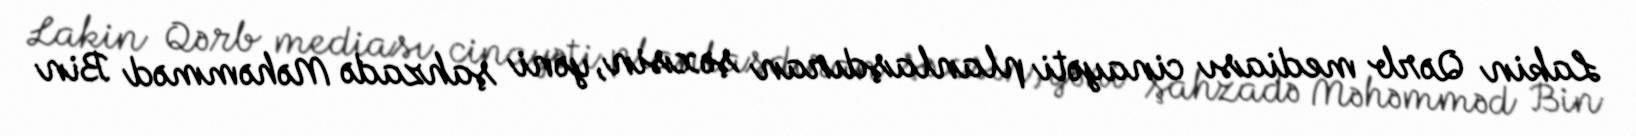
Lakin Qərb mediası cinayəti planlaşdıran şəxsin, yəni şahzadə Məhəmməd Bin